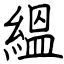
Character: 縕